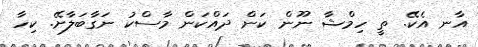
އާނ އެކޭ. ތީ ހިމްޝާ ނޫން ކަން ދައްކަން މާސްކު ނަގާބަލާށޭ. ކިހާ